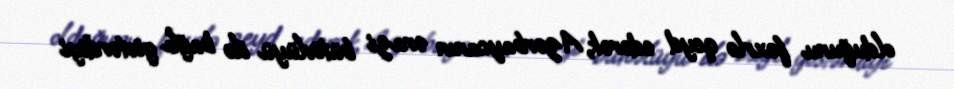
olduğunu fəxrlə qeyd edərək, Azərbaycanın ərazi bütövlüyü ilə bağlı göstərdiyi